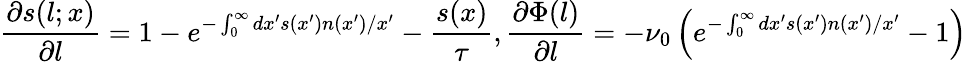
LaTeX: \frac{\partial s(l;x)}{\partial l}=1-e^{-\int_{0}^{\infty}dx^{\prime}s(x^{\prime})n(x^{\prime})/x^{\prime}}-\frac{s(x)}{\tau},\frac{\partial\Phi(l)}{\partial l}=-\nu_{0}\left(e^{-\int_{0}^{\infty}dx^{\prime}s(x^{\prime})n(x^{\prime})/x^{\prime}}-1\right)